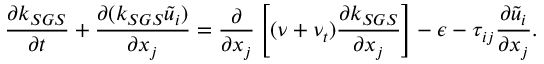
\frac { \partial k _ { S G S } } { \partial t } + \frac { \partial ( k _ { S G S } \widetilde { u } _ { i } ) } { \partial x _ { j } } = \frac { \partial } { \partial x _ { j } } \left[ ( \nu + \nu _ { t } ) \frac { \partial k _ { S G S } } { \partial x _ { j } } \right] - \epsilon - \tau _ { i j } \frac { \partial \widetilde { u } _ { i } } { \partial x _ { j } } .